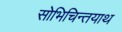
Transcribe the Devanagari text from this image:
सोभिचिन्तयाथ